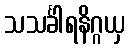
သသင်္ခါရနိဂ္ဂယှ